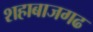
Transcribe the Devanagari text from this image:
शहाबाजगढ